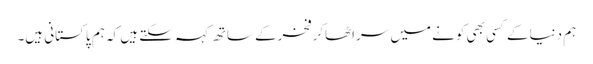
ہم دنیاکے کسی بھی کونے میں سراٹھاکرفخرکے ساتھ کہہ سکتے ہیں کہ ہم پاکستانی ہیں۔